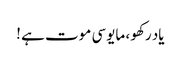
یاد رکھو ، مایوسی موت ہے ‫!